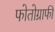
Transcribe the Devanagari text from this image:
फोतोग्राफी